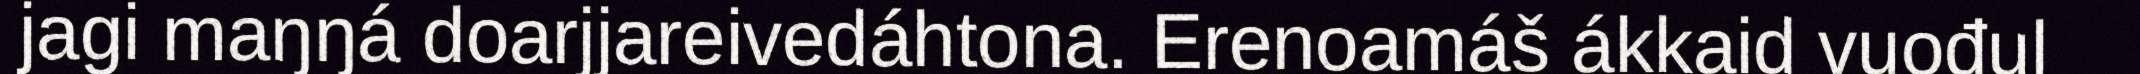
jagi maŋŋá doarjjareivedáhtona. Erenoamáš ákkaid vuođul